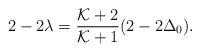
LaTeX: \begin{align*}2-2\lambda={{\cal K}+2\over{\cal K}+1}(2-2\Delta_0).\end{align*}